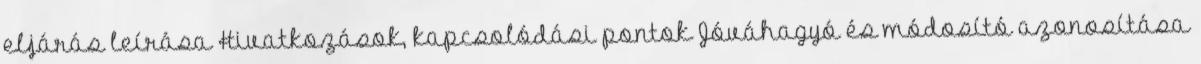
eljárás leírása Hivatkozások, kapcsolódási pontok Jóváhagyó és módosító azonosítása